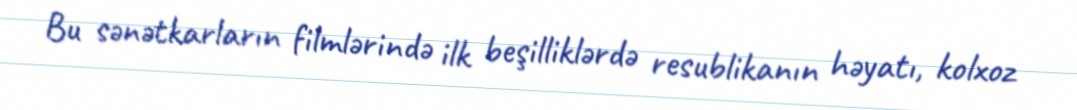
Bu sənətkarların filmlərində ilk beşilliklərdə resublikanın həyatı, kolxoz